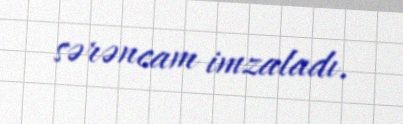
sərəncam imzaladı.